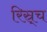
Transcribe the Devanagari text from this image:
रिस्र्च